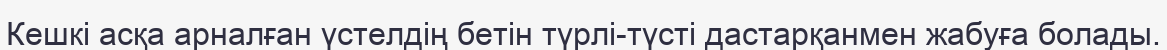
Кешкі асқа арналған үстелдің бетін түрлі-түсті дастарқанмен жабуға болады.